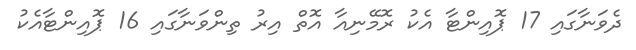
ދެވަނާގައި 17 ޕޮއިންޓާ އެކު ރޮމޭނިއާ އޮތް އިރު ތިންވަނާގައި 16 ޕޮއިންޓާއެކު